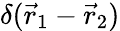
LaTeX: \delta(\vec{r}_{1}-\vec{r}_{2})